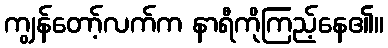
ကျွန်တော့်လက်က နာရီကိုကြည့်နေ၏။